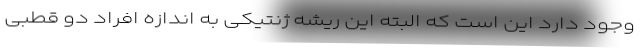
وجود دارد این است که البته این ریشه ژنتیکی به اندازه افراد دو قطبی